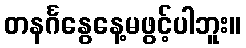
တနင်္ဂနွေနေ့မဖွင့်ပါဘူး။